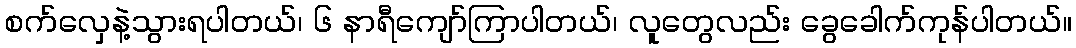
စက်လှေနဲ့သွားရပါတယ်၊ ၆ နာရီကျော်ကြာပါတယ်၊ လူတွေလည်း ခွေခေါက်ကုန်ပါတယ်။